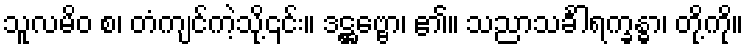
သူလမိဝ စ၊ တံကျင်ကဲ့သို့၎င်း။ ဒဋ္ဌဗ္ဗော၊ ၏။ သညာသင်္ခါရက္ခန္ဓာ၊ တို့ကို။